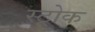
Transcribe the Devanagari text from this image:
स्‍ट्रोक